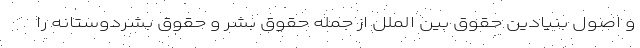
و اصول بنیادین حقوق بین الملل از جمله حقوق بشر و حقوق بشردوستانه را